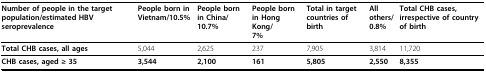
| Number of people in the target population/estimated HBV seroprevalence | People born in Vietnam/10.5% | People born in China/10.7% | People born in Hong Kong/7% | Total in target countries of birth | All others/0.8% | Total CHB cases, irrespective of country of birth |
 | --- | --- | --- | --- | --- | --- | --- |
 | Total CHB cases, all ages | 5,044 | 2,625 | 237 | 7,905 | 3,814 | 11,720 |
 | CHB cases, aged ≥ 35 | 3,544 | 2,100 | 161 | 5,805 | 2,550 | 8,355 |